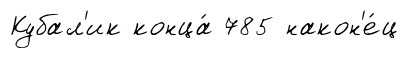
Кубал'ик конца́ 785 након'е́ц